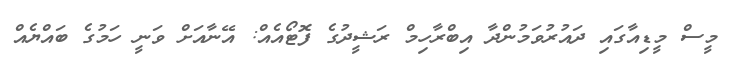
މީސް މީޑިއާގައި ދައުރުވަމުންދާ އިބްރާހިމް ރަޝީދުގެ ފޮޓޯއެއް: އޭނާއަށް ވަނީ ހަމުގެ ބައްޔެއް